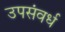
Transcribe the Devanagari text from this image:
उपसंवर्ध